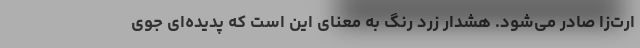
ارت‌زا صادر می‌شود. هشدار زرد رنگ به معنای این است که پدیده‌ای جوی